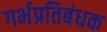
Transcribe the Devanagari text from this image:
गर्भप्रतिबंधक